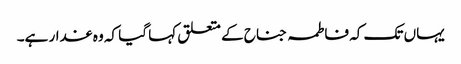
یہاں تک کہ فاطمہ جناح کے متعلق کہا گیا کہ وہ غدار ہے۔